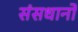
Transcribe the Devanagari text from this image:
संसधानों